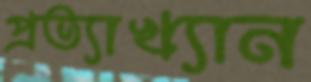
প্রত্যাখ্যান